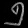
Digit: ၅